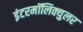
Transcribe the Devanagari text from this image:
इंटरमॉलिक्युलर